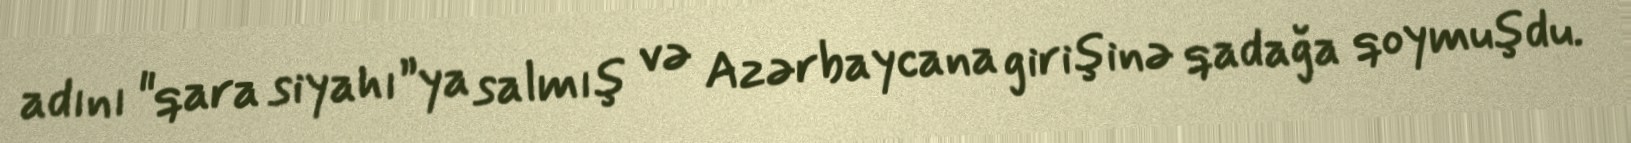
adını "qara siyahı”ya salmış və Azərbaycana girişinə qadağa qoymuşdu.